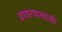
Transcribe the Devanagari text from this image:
प्रावरणाखाली